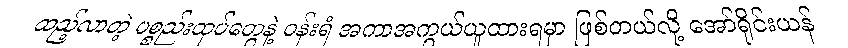
ထည့်လာတဲ့ ပစ္စည်းထုပ်တွေနဲ့ ဝန်းရံ အကာအကွယ်ယူထားရမှာ ဖြစ်တယ်လို့ အော်ရိုင်းယန်